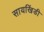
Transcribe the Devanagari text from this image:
सायखिंडी